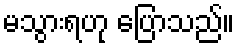
မသွားရဟု ပြောသည်။